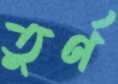
তুর্ণ